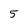
Character: 5